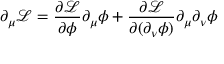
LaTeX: \partial _ { \mu } { \mathcal { L } } = { \frac { \partial { \mathcal { L } } } { \partial \phi } } \partial _ { \mu } \phi + { \frac { \partial { \mathcal { L } } } { \partial ( \partial _ { \nu } \phi ) } } \partial _ { \mu } \partial _ { \nu } \phi